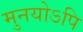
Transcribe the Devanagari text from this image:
मुनयोऽपि